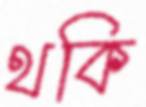
থকি